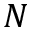
N